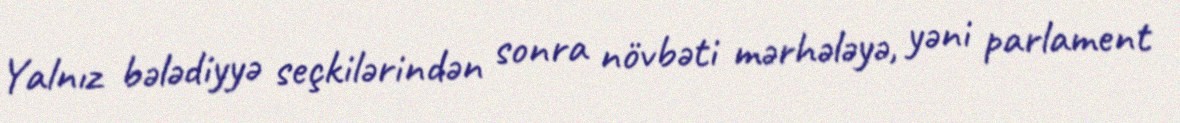
Yalnız bələdiyyə seçkilərindən sonra növbəti mərhələyə, yəni parlament